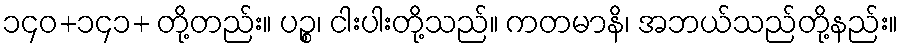
၁၄၀+၁၄၁+ တို့တည်း။ ပဉ္စ၊ ငါးပါးတို့သည်။ ကတမာနိ၊ အဘယ်သည်တို့နည်း။